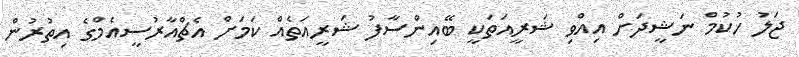
ޖަލު ހުކުމް ނަޝީދަށް އިއްވި ޝަރީއަތަކީ ބޭއިންސާފު ޝަރީއަތެއް ކަމަށް އެޗްއާރުސީއެމްގެ އިތުރުން